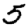
Digit: 5